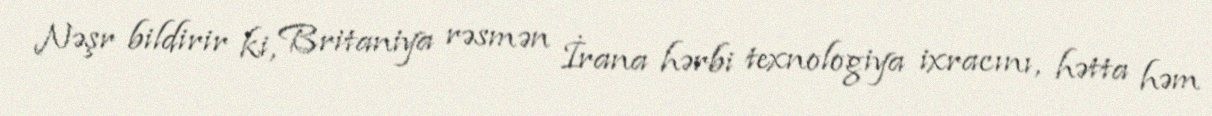
Nəşr bildirir ki, Britaniya rəsmən İrana hərbi texnologiya ixracını, hətta həm